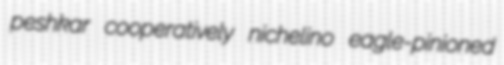
peshkar cooperatively nichelino eagle-pinioned